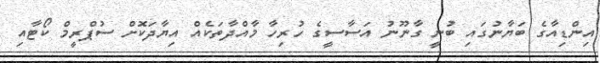
އިންޑިއާގެ ބަޔާނުގައި ބުނީ ގާނޫނު އަސާސީގެ ހުރިހާ މާއްދާތަކެއް އިޔާދަކޮށް ސުޕްރީމް ކޯޓާއި